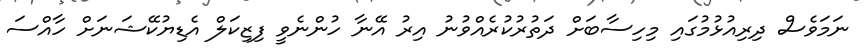
ނަމަވެސް ދިރިއުޅުމުގައި މިހިސާބަށް ދަތުރުކުރެއްވުނު އިރު އޭނާ ހުންނެވީ ފިޒިކަލް އެޑިޔުކޭޝަނަށް ހާއްސަ